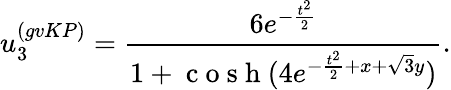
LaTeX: u_{3}^{(gvKP)}=\frac{6e^{-\frac{t^{2}}{2}}}{1+\mathrm{~c~o~s~h~}(4e^{-\frac{t^{2}}{2}+x+\sqrt{3}y})}.